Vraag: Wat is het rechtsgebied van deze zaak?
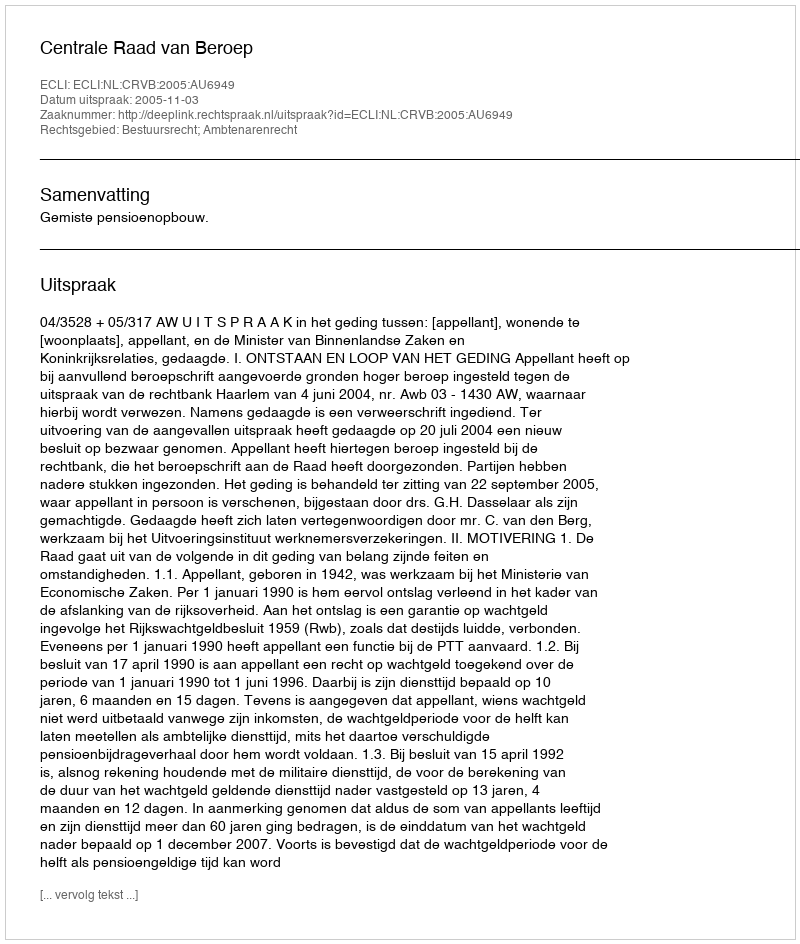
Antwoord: Bestuursrecht; Ambtenarenrecht